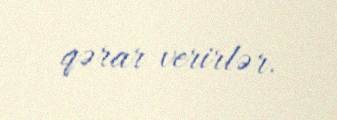
qərar verirlər.